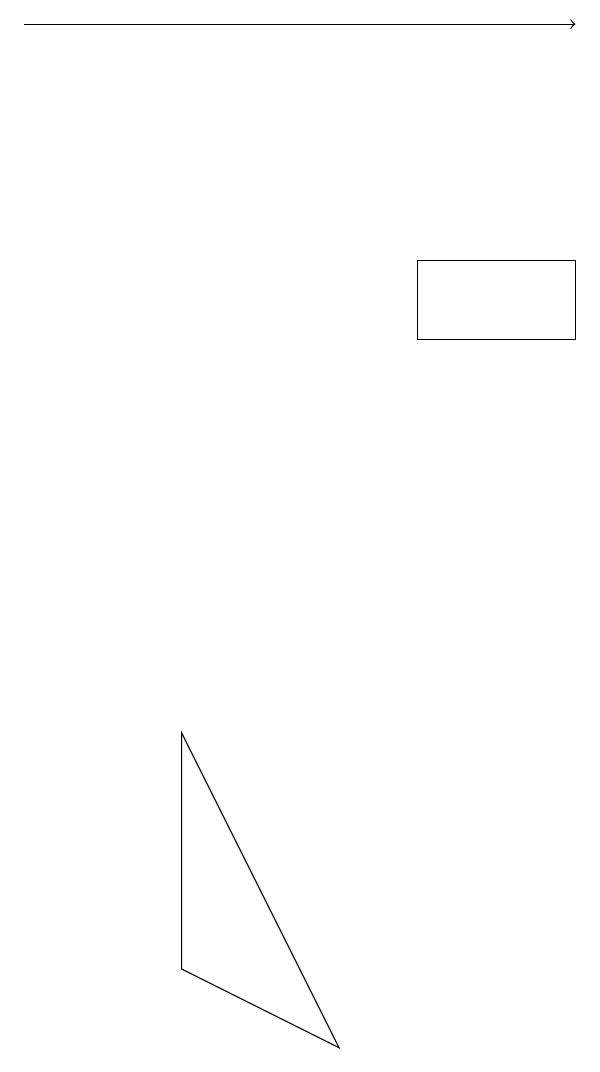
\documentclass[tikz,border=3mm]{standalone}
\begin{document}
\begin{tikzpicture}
\draw (5,11) rectangle (7,12);
\draw[->] (0,15) -- (7,15);
\draw (4,2) -- (2,3) -- (2,6) -- cycle;
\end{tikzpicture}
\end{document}